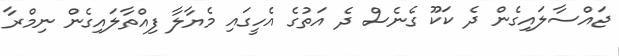
ޖައްސާލައިގެން ދެ ކަކޫ ގެނެސް ދެ އަތުގެ އެހީގައި މެޔާލާ ފިއްތާލައިގެން ނިމްރާ